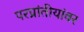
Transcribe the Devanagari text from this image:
परप्रांतीयांवर